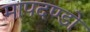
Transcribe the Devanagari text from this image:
मापदण्डो